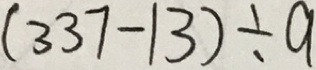
( 3 3 7 - 1 3 ) \div a